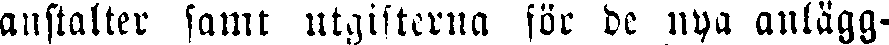
anstalter samt utgifterna för de nya anlägg-